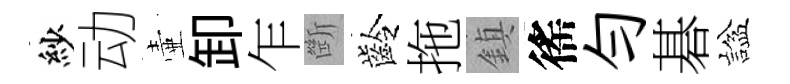
紗动壷卸乍㫁齡拖鎮徭勻碁諡